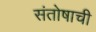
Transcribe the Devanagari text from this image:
संतोषाची